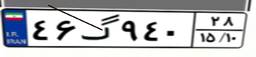
۴۶گ۹۴۰۲۸